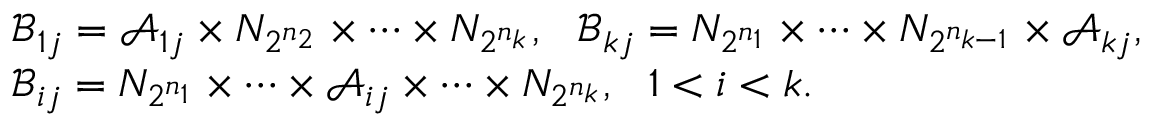
\begin{array} { c l } & { \mathscr { B } _ { 1 j } = \mathscr { A } _ { 1 j } \times N _ { 2 ^ { n _ { 2 } } } \times \cdots \times N _ { 2 ^ { n _ { k } } } , \ \ \mathscr { B } _ { k j } = N _ { 2 ^ { n _ { 1 } } } \times \cdots \times N _ { 2 ^ { n _ { k - 1 } } } \times \mathscr { A } _ { k j } , } \\ & { \mathscr { B } _ { i j } = N _ { 2 ^ { n _ { 1 } } } \times \cdots \times \mathscr { A } _ { i j } \times \cdots \times N _ { 2 ^ { n _ { k } } } , \ \ 1 < i < k . } \end{array}